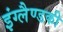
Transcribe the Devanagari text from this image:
इंग्लैण्डकी